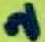
Text: 2